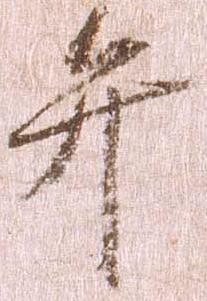
弁